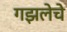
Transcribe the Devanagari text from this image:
गझलेचे